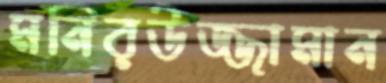
মনিরউজ্জামান